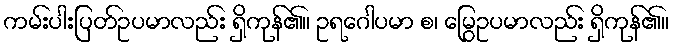
ကမ်းပါးပြတ်ဥပမာလည်း ရှိကုန်၏။ ဥရဂေါပမာ စ၊ မြွေဥပမာလည်း ရှိကုန်၏။